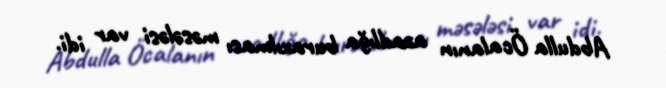
Abdulla Öcalanın azadlığa buraxılması məsələsi var idi.